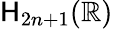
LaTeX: \mathsf{H}_{2n+1}(\mathbb{{R}})